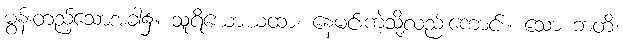
မွန်းတည့်သောအခါ၌။ သူရိယောယထာ၊ နေမင်းကဲ့သို့လည်းကောင်း။ သော ဘတိ၊